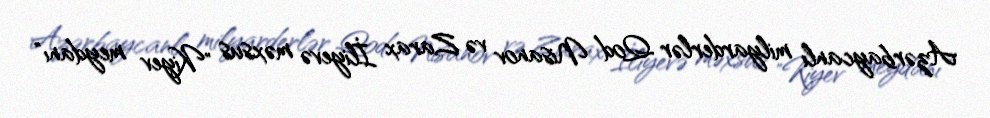
Azərbaycanlı milyarderlər Qod Nisanov və Zarax İliyevə məxsus "Kiyev meydanı"